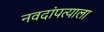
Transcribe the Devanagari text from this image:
नवदांपत्याला